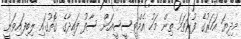
މިދިޔަ އަހަރުގެ ފުރަތަމަ ތިން މަހު އެމްޓީސީސީއަށް ސާފު ފައިދާގެ ގޮތުގައި ލިބިފައިވަނީ